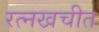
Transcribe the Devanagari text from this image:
रत्नखचीत